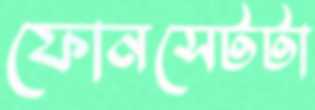
ফোনসেটটা